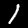
Digit: 1